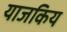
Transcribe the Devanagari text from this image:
याजकिय